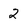
Character: 2